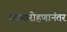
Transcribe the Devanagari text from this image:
राज्यारोहणानंतर